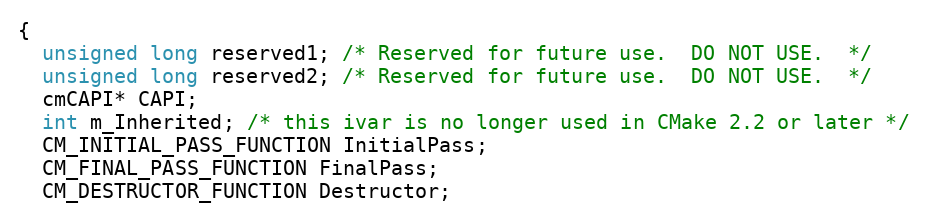
Language: C
{
  unsigned long reserved1; /* Reserved for future use.  DO NOT USE.  */
  unsigned long reserved2; /* Reserved for future use.  DO NOT USE.  */
  cmCAPI* CAPI;
  int m_Inherited; /* this ivar is no longer used in CMake 2.2 or later */
  CM_INITIAL_PASS_FUNCTION InitialPass;
  CM_FINAL_PASS_FUNCTION FinalPass;
  CM_DESTRUCTOR_FUNCTION Destructor;